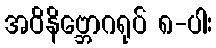
အဝိနိဗ္ဘောဂရုပ် ၈-ပါး